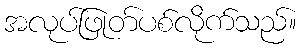
အလုပ်ဖြုတ်ပစ်လိုက်သည်။